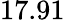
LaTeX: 17.91